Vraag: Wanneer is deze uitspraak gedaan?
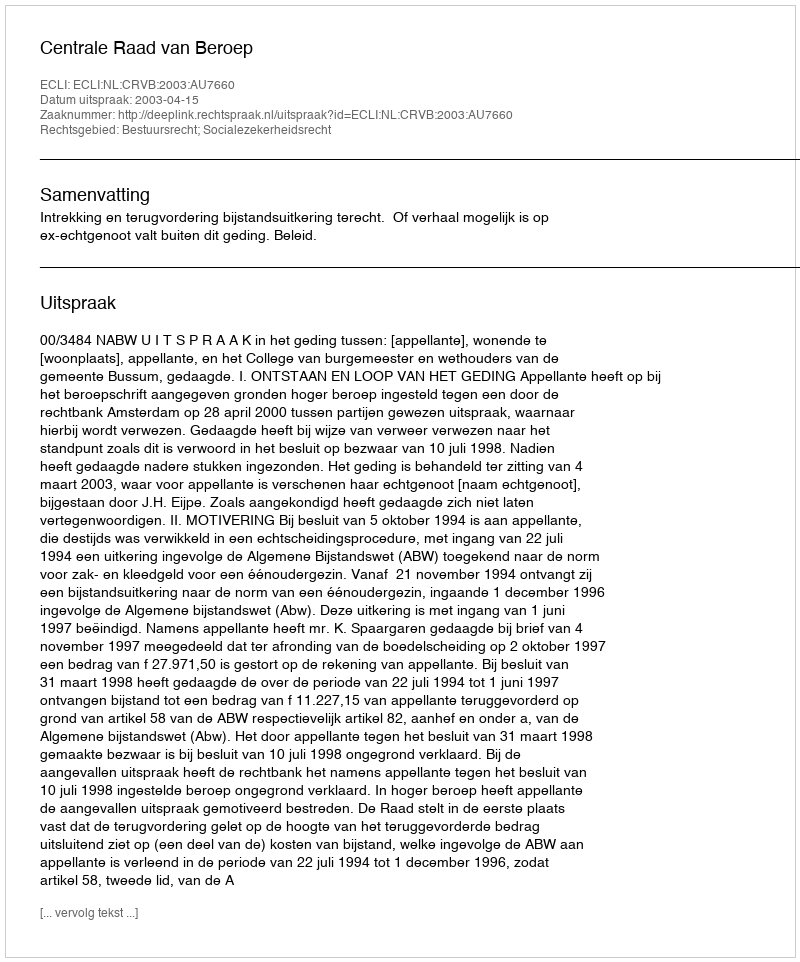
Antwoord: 2003-04-15